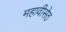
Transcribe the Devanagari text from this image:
महावीसेठ